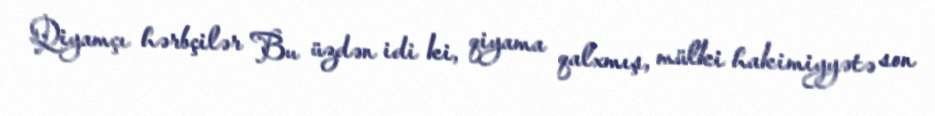
Qiyamçı hərbçilər Bu üzdən idi ki, qiyama qalxmış, mülki hakimiyyətə son